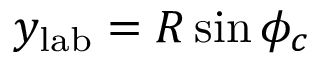
y _ { \mathrm { l a b } } = R \sin { \phi _ { c } }